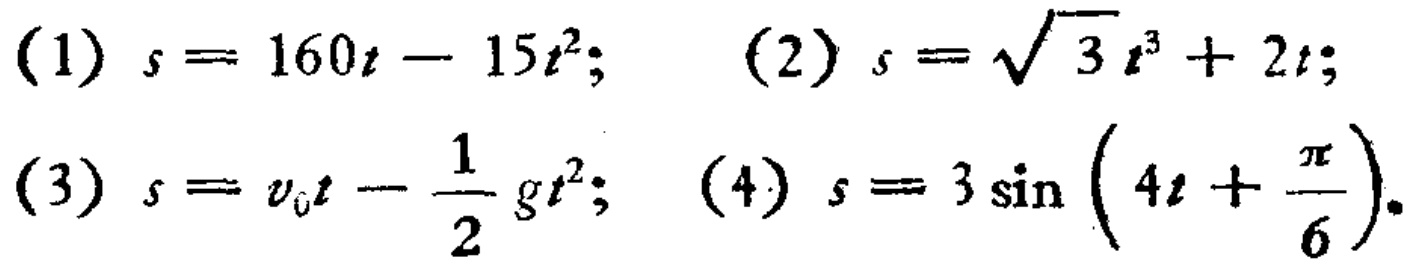
(1) \(s = 160t - 15t^{2}\); (2) \(s=\sqrt{3}t^{3}+2t\); (3) \(s = v_{0}t-\frac{1}{2}gt^{2}\); (4) \(s = 3\sin\left(4t+\frac{\pi}{6}\right)\)